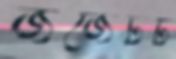
জর্জেটট